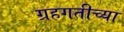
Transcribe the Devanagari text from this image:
ग्रहगतीच्या